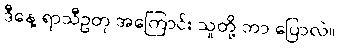
ဒီနေ့ ရာသီဥတု အကြောင်း သူတို့ ဘာ ပြောလဲ။